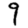
Digit: 9